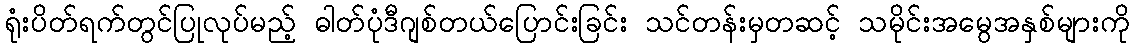
ရုံးပိတ်ရက်တွင်ပြုလုပ်မည့် ဓါတ်ပုံဒီဂျစ်တယ်ပြောင်းခြင်း သင်တန်းမှတဆင့် သမိုင်းအမွေအနှစ်များကို